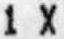
1 X